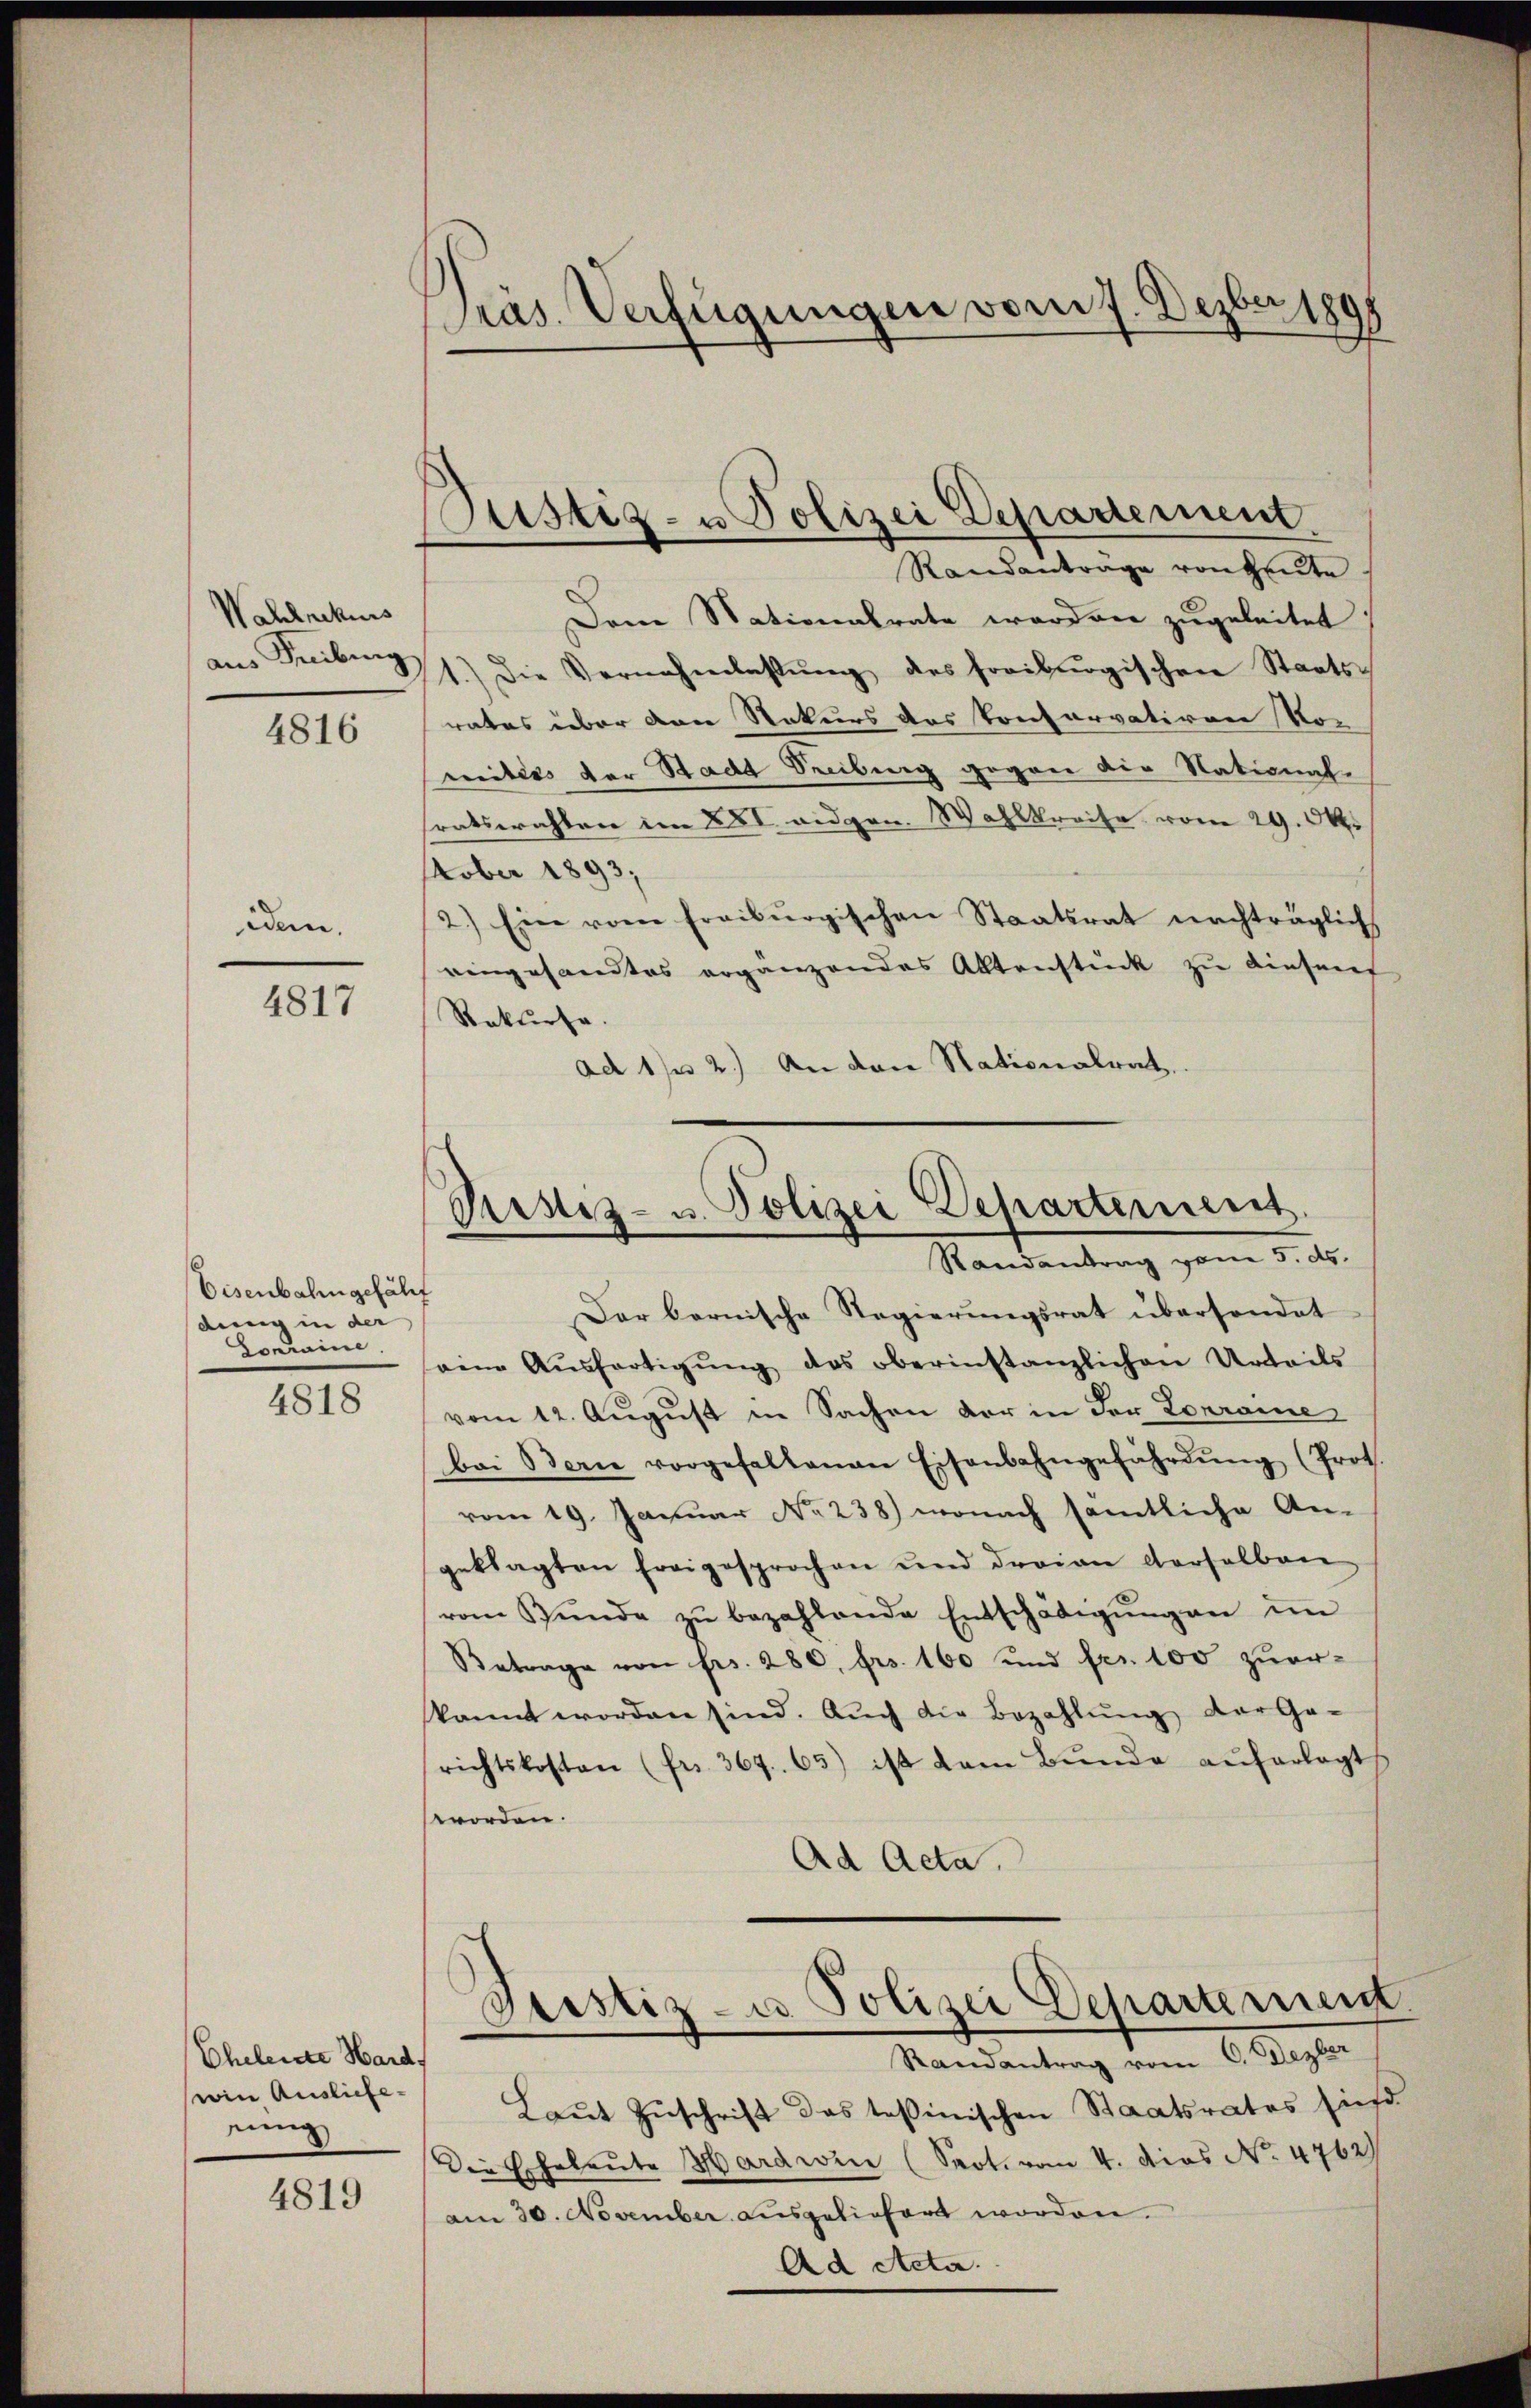
Wahlnekurs
aus Freibung

4816

iden.

4817

Eisenbahngefährt
dung in der
Conraine

4818

Cheleiste Hard,
wie Ausliefenung

4819

Präs. Verfügungen vom 7. Dezber 1891

Pustiz- u Polizei Departement
Randantrage von Heute.

Piustiz- u. Polizei Departement
Randantrag vom 5. ds.

Dar bernische Regierungsrat übersendet
seine Aŭsfertigŭng des oberinstanzlichen Urteils
vom 12. August in Sachen der in der Lorraie
bei Berie vorgefallenen Eisenbahngefährdŭng (Prot.
vom 19. Januar No 238) wonach sämtliche An-
geklagten Ereigesprochen und draion derselben
vom Stŭnde zŭ bezahlende Entschädigŭng an im
Betrage von frs. 280 frs. 160 und fer. 100 zuerkannt worden sind. Aŭch die Bezahlŭng der Ge-
richtskosten (fr. 367. 65) ist dem Bŭnde aŭferlegt
worden.
Ad Acta.
Sistiz- u Polizei Departement
Randantrag vom C. Dezber
Laŭt Zŭschrift das tessinischen Staatsrates sind
Die Eheleute Hardwin (Sept. vom 4. dies No. 4762)
am 30. November ausgeliefert worden.
Ad Acta.

Dem Stationalrate worden zugeleitet
1.) Die Vernehmlassŭng des freiburgischen Staats-
rates über den Rekurs das Conservativen Vor
mittes der Stadt Seeibung gegen die National-
ratswahlen im XXI aigen. Wahlkreise vom 29. Ok
tober 1893;
2.) Ein vom Freiburgischen Staatsrat nachträglich
eingesandtes ergänzendes Altenstück zu diesent
Rekurse.
ad 1. 2.) An den Stationalrat,